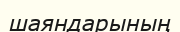
шаяндарының